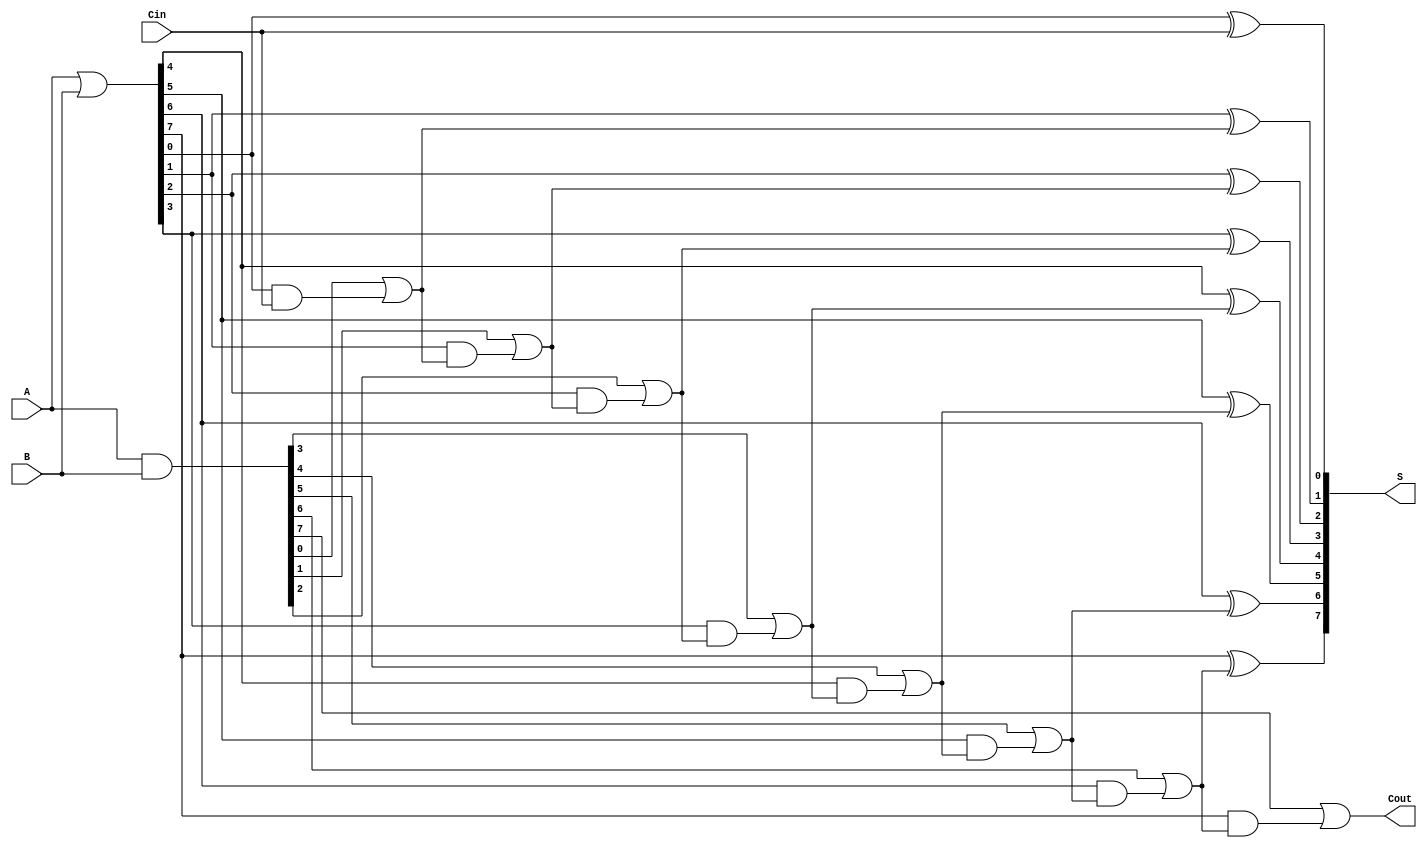
module brent_kung_adder #(
    parameter N = 8 // Bit width
)(
    input wire [N-1:0] A,  // First operand
    input wire [N-1:0] B,  // Second operand
    input wire Cin,        // Carry-in
    output wire [N-1:0] S, // Sum output
    output wire Cout       // Carry-out
);

    // Generate and Propagate signals
    wire [N-1:0] G; // Generate signals
    wire [N-1:0] P; // Propagate signals
    wire [N:0] C;   // Carry signals

    // Generate and Propagate logic
    assign G = A & B;
    assign P = A | B;

    // Carry signals initialization
    assign C[0] = Cin; // Initial carry input

    // Carry generation tree
    genvar i, j;
    generate
        // First level of carry generation
        for (i = 0; i < N; i = i + 1) begin
            assign C[i + 1] = G[i] | (P[i] & C[i]);
        end
    endgenerate

    // Sum calculation
    generate
        for (i = 0; i < N; i = i + 1) begin
            assign S[i] = P[i] ^ C[i];
        end
    endgenerate

    // Final carry-out
    assign Cout = C[N];

endmodule